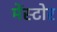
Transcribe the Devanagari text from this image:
मेंस्टोर